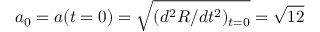
a _ { 0 } = a ( t = 0 ) = \sqrt { ( d ^ { 2 } R / d t ^ { 2 } ) _ { t = 0 } } = \sqrt { 1 2 }